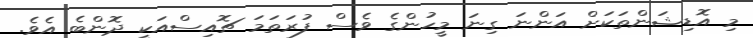
މި އޮޑިޝަންތަކަށް އަންނަ ގިނަ މީހުންގެ ވެސް ފުރަތަމަ ޗޮއިސްއަކީ ދޮންބެ އެވެ.